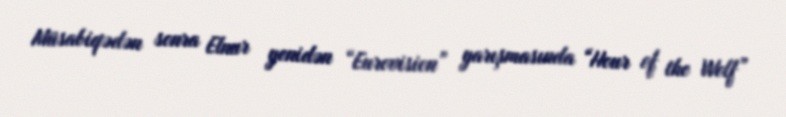
Müsabiqədən sonra Elnur yenidən “Eurovision” yarışmasında “Hour of the Wolf”